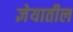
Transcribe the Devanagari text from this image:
ज्ञेयातील